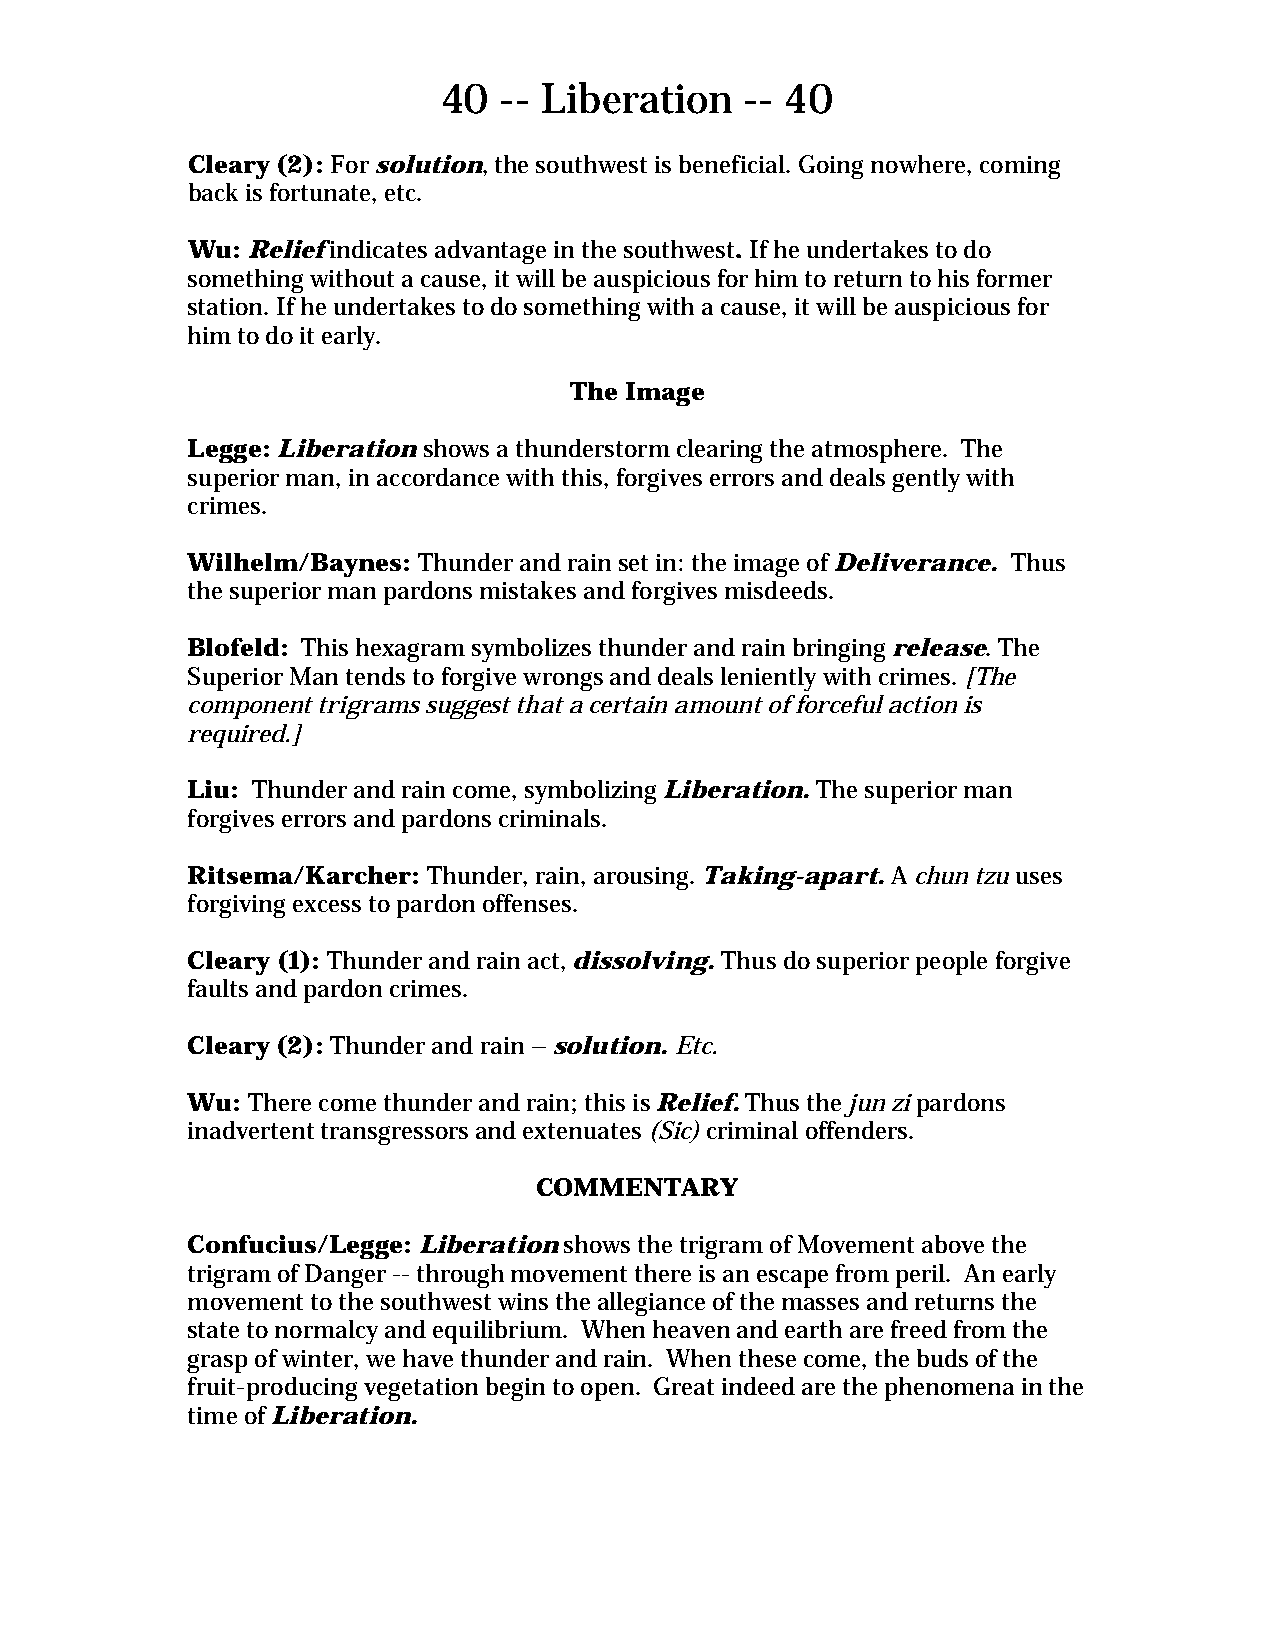
40  -- Liberation   -- 40
 Cleary (2): For solution, the southwest is beneficial. Going nowhere, coming
 back is fortunate, etc.
 Wu: Relief indicates advantage in the southwest. If he undertakes to do
 something without a cause, it will be auspicious for him to return to his former
 station. If he undertakes to do something with a cause, it will be auspicious for
 him to do it early.
 The Image
 Legge: Liberation shows a thunderstorm clearing the atmosphere. The
 superior man, in accordance with this, forgives errors and deals gently with
 crimes.
 Wilhelm/Baynes: Thunder and rain set in: the image of Deliverance. Thus
 the superior man pardons mistakes and forgives misdeeds.
 Blofeld: This hexagram symbolizes thunder and rain bringing release. The
 Superior Man tends to forgive wrongs and deals leniently with crimes. [The
 component trigrams suggest that a certain amount of forceful action is
 required.]
 Liu: Thunder and rain come, symbolizing Liberation. The superior man
 forgives errors and pardons criminals.
 Ritsema/Karcher: Thunder, rain, arousing. Taking-apart. A chun tzu uses
 forgiving excess to pardon offenses.
 Cleary (1): Thunder and rain act, dissolving. Thus do superior people forgive
 faults and pardon crimes.
 Cleary (2): Thunder and rain – solution. Etc.
 Wu: There come thunder and rain; this is Relief. Thus the jun zi pardons
 inadvertent transgressors and extenuates (Sic) criminal offenders.
 COMMENTARY
 Confucius/Legge: Liberation shows the trigram of Movement above the
 trigram of Danger -- through movement there is an escape from peril. An early
 movement to the southwest wins the allegiance of the masses and returns the
 state to normalcy and equilibrium. When heaven and earth are freed from the
 grasp of winter, we have thunder and rain. When these come, the buds of the
 fruit-producing vegetation begin to open. Great indeed are the phenomena in the
 time of Liberation.